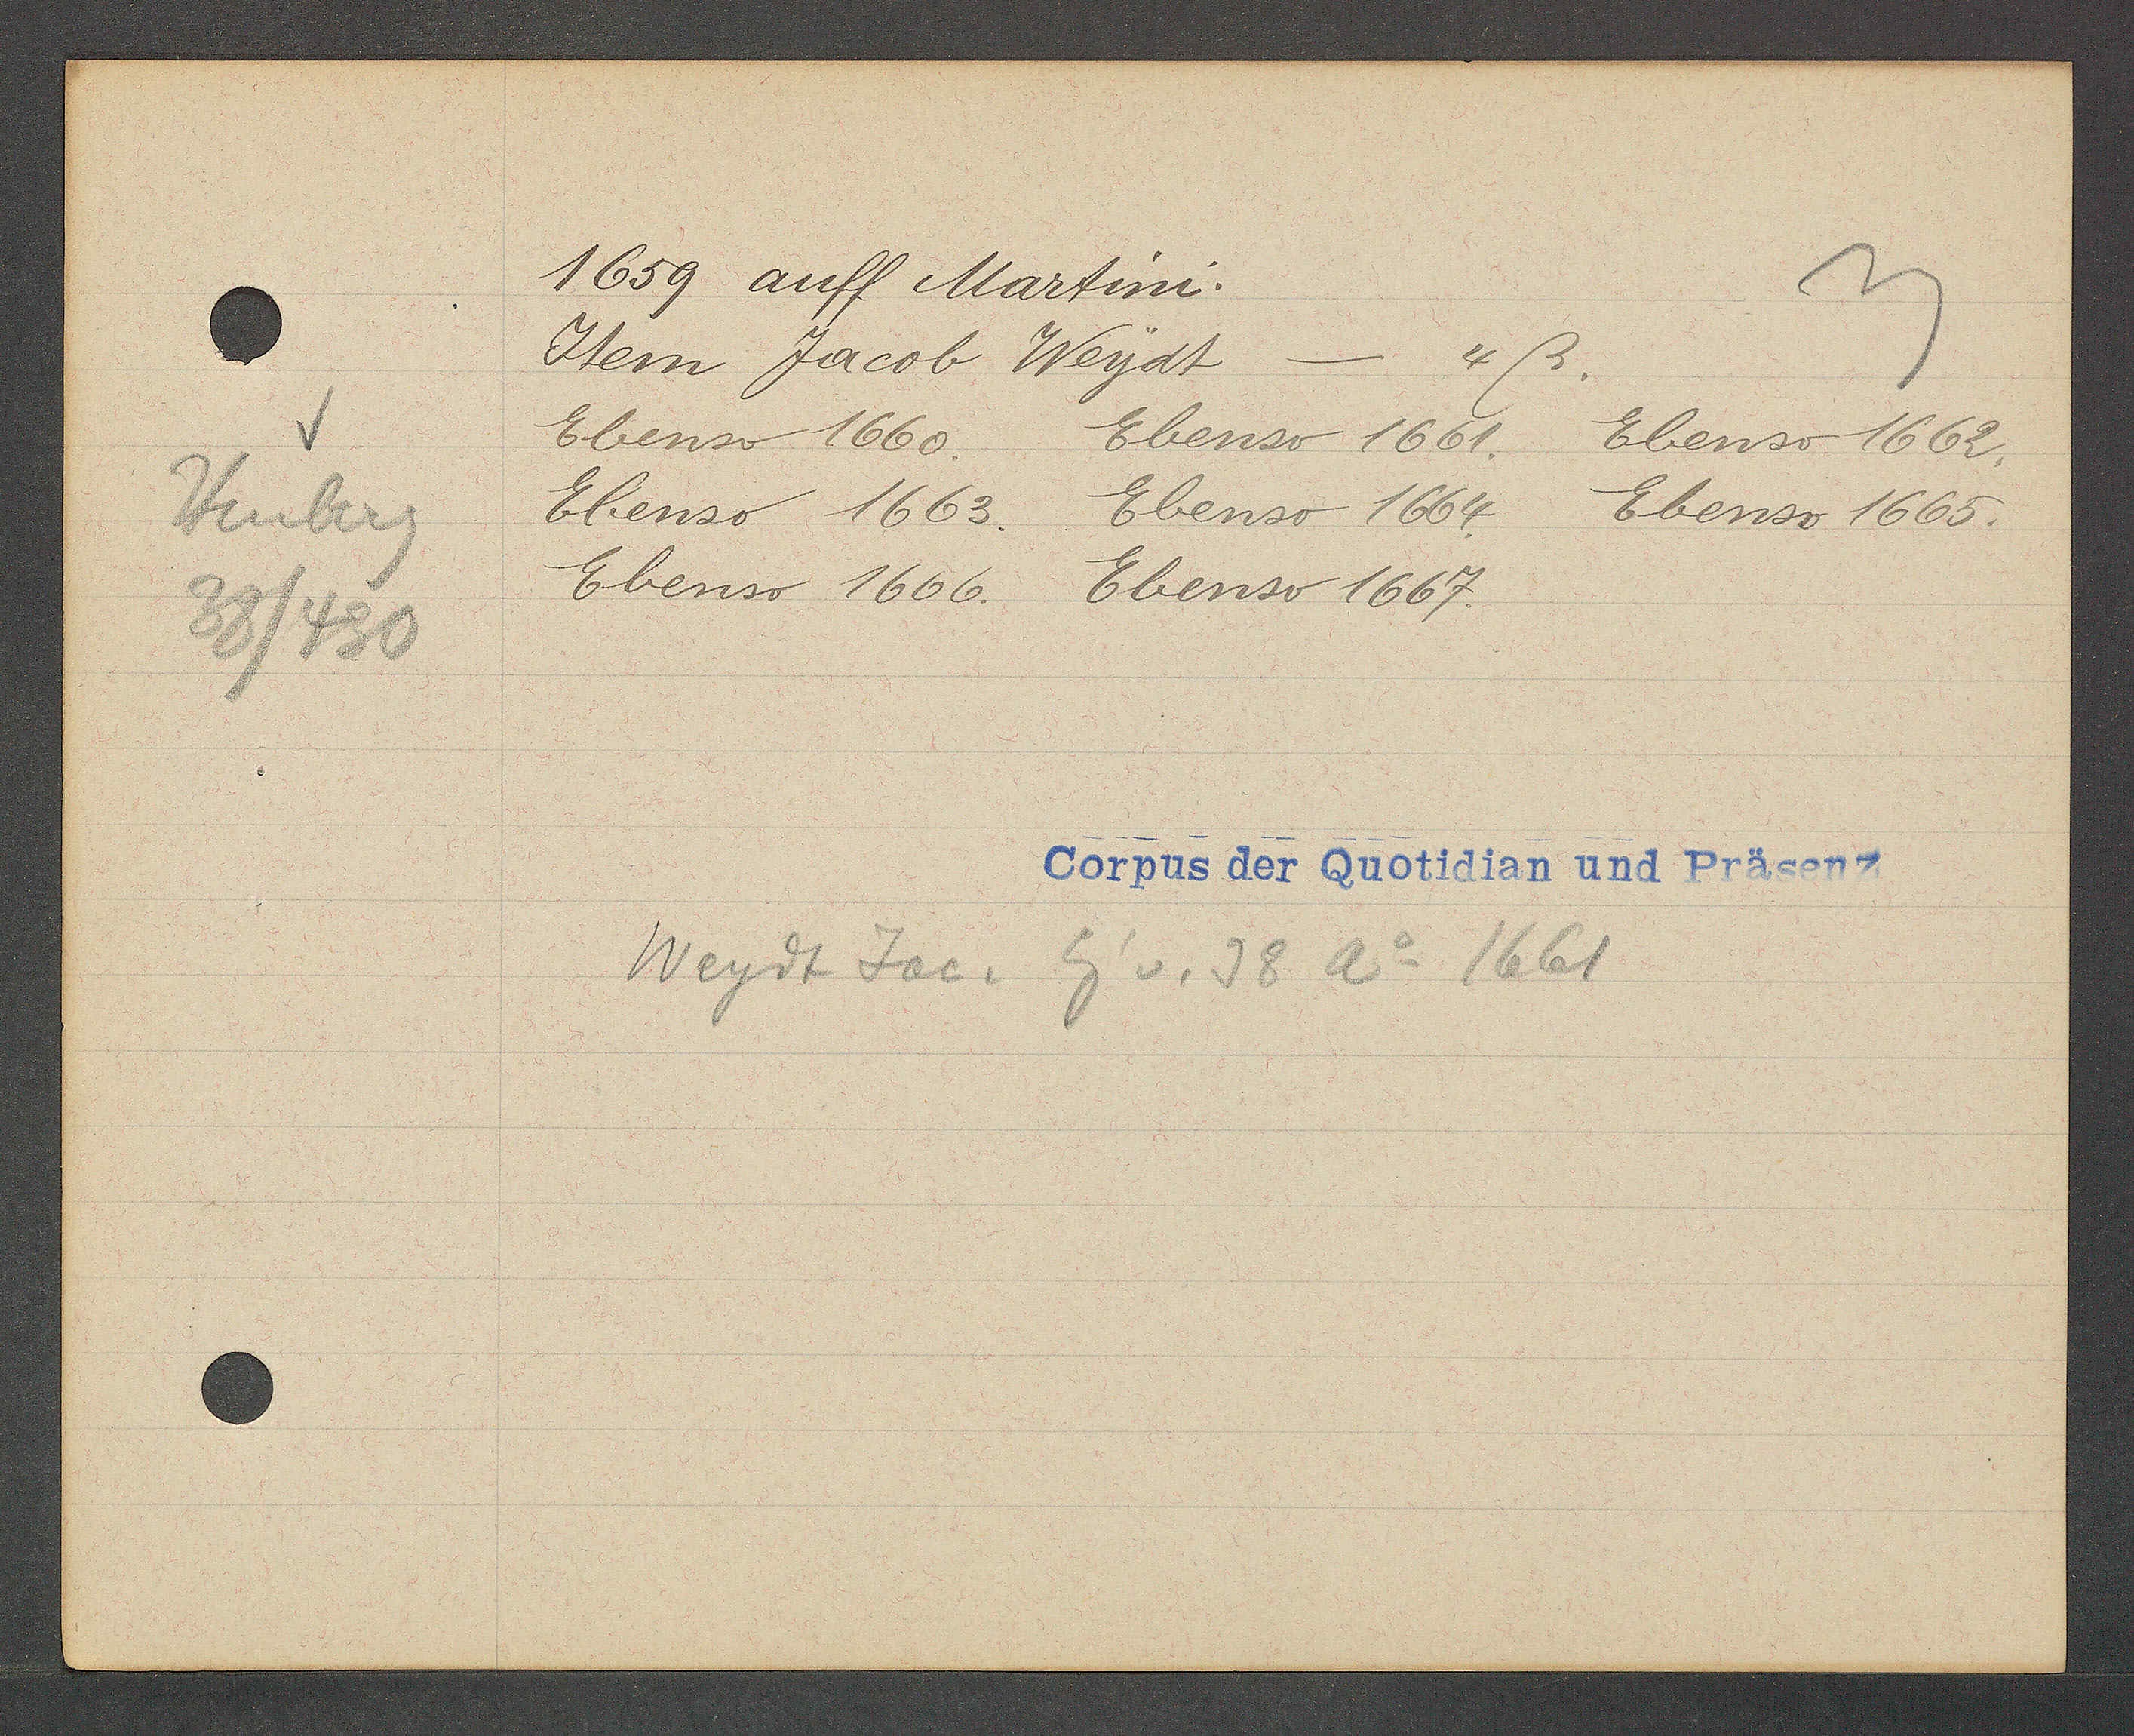
Transcript:
Heuberg
38/430

1659 auff Martini.

Item Jacob Weydt.
4ß.
-
Ebenso 1660.
Ebenso 1661.
Ebenso 1662.
Ebenso 1663.
Ebenso 1665.
Ebenso 1664.
Ebenso 1666.
Ebenso 1667.

Weydt Jac. Eig v. 38 Ao 1661

Corpus der Quotidian und Präsenz